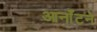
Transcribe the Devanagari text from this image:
आर्नॉटने